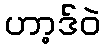
ဟာ့ဒ်ဝဲ